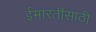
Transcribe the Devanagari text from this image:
ईमारतींसाठी